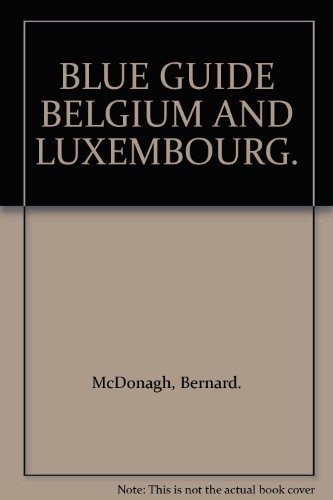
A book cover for Belgium and Luxembourg Blue Guide; Bernard McDonagh; Travel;